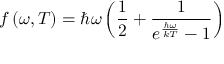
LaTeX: f \left( \omega , T \right) = \hbar \omega \left( \frac 1 2 + \frac 1 { e ^ { \frac { \hbar \omega } { k T } } - 1 } \right)